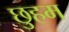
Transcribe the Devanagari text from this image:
छुहम